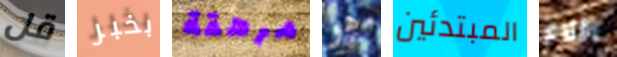
قل بخبر مرهقة هو المبتدئين افلام